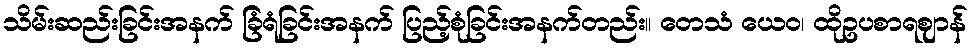
သိမ်းဆည်းခြင်းအနက် ခြံရံခြင်းအနက် ပြည့်စုံခြင်းအနက်တည်း။ တေသံ ယေဝ၊ ထိုဥပစာရဈာန်